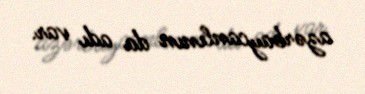
azərbaycanlının da adı var.